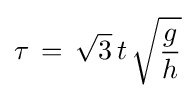
\tau \,=\,{\sqrt {3}}\,t\,{\sqrt {\frac {g}{h}}}